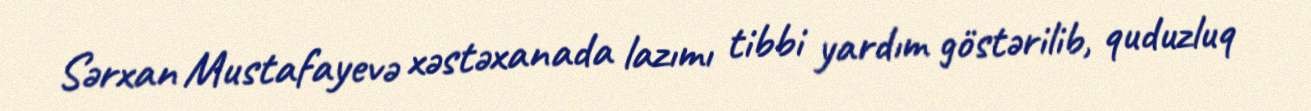
Sərxan Mustafayevə xəstəxanada lazımı tibbi yardım göstərilib, quduzluq